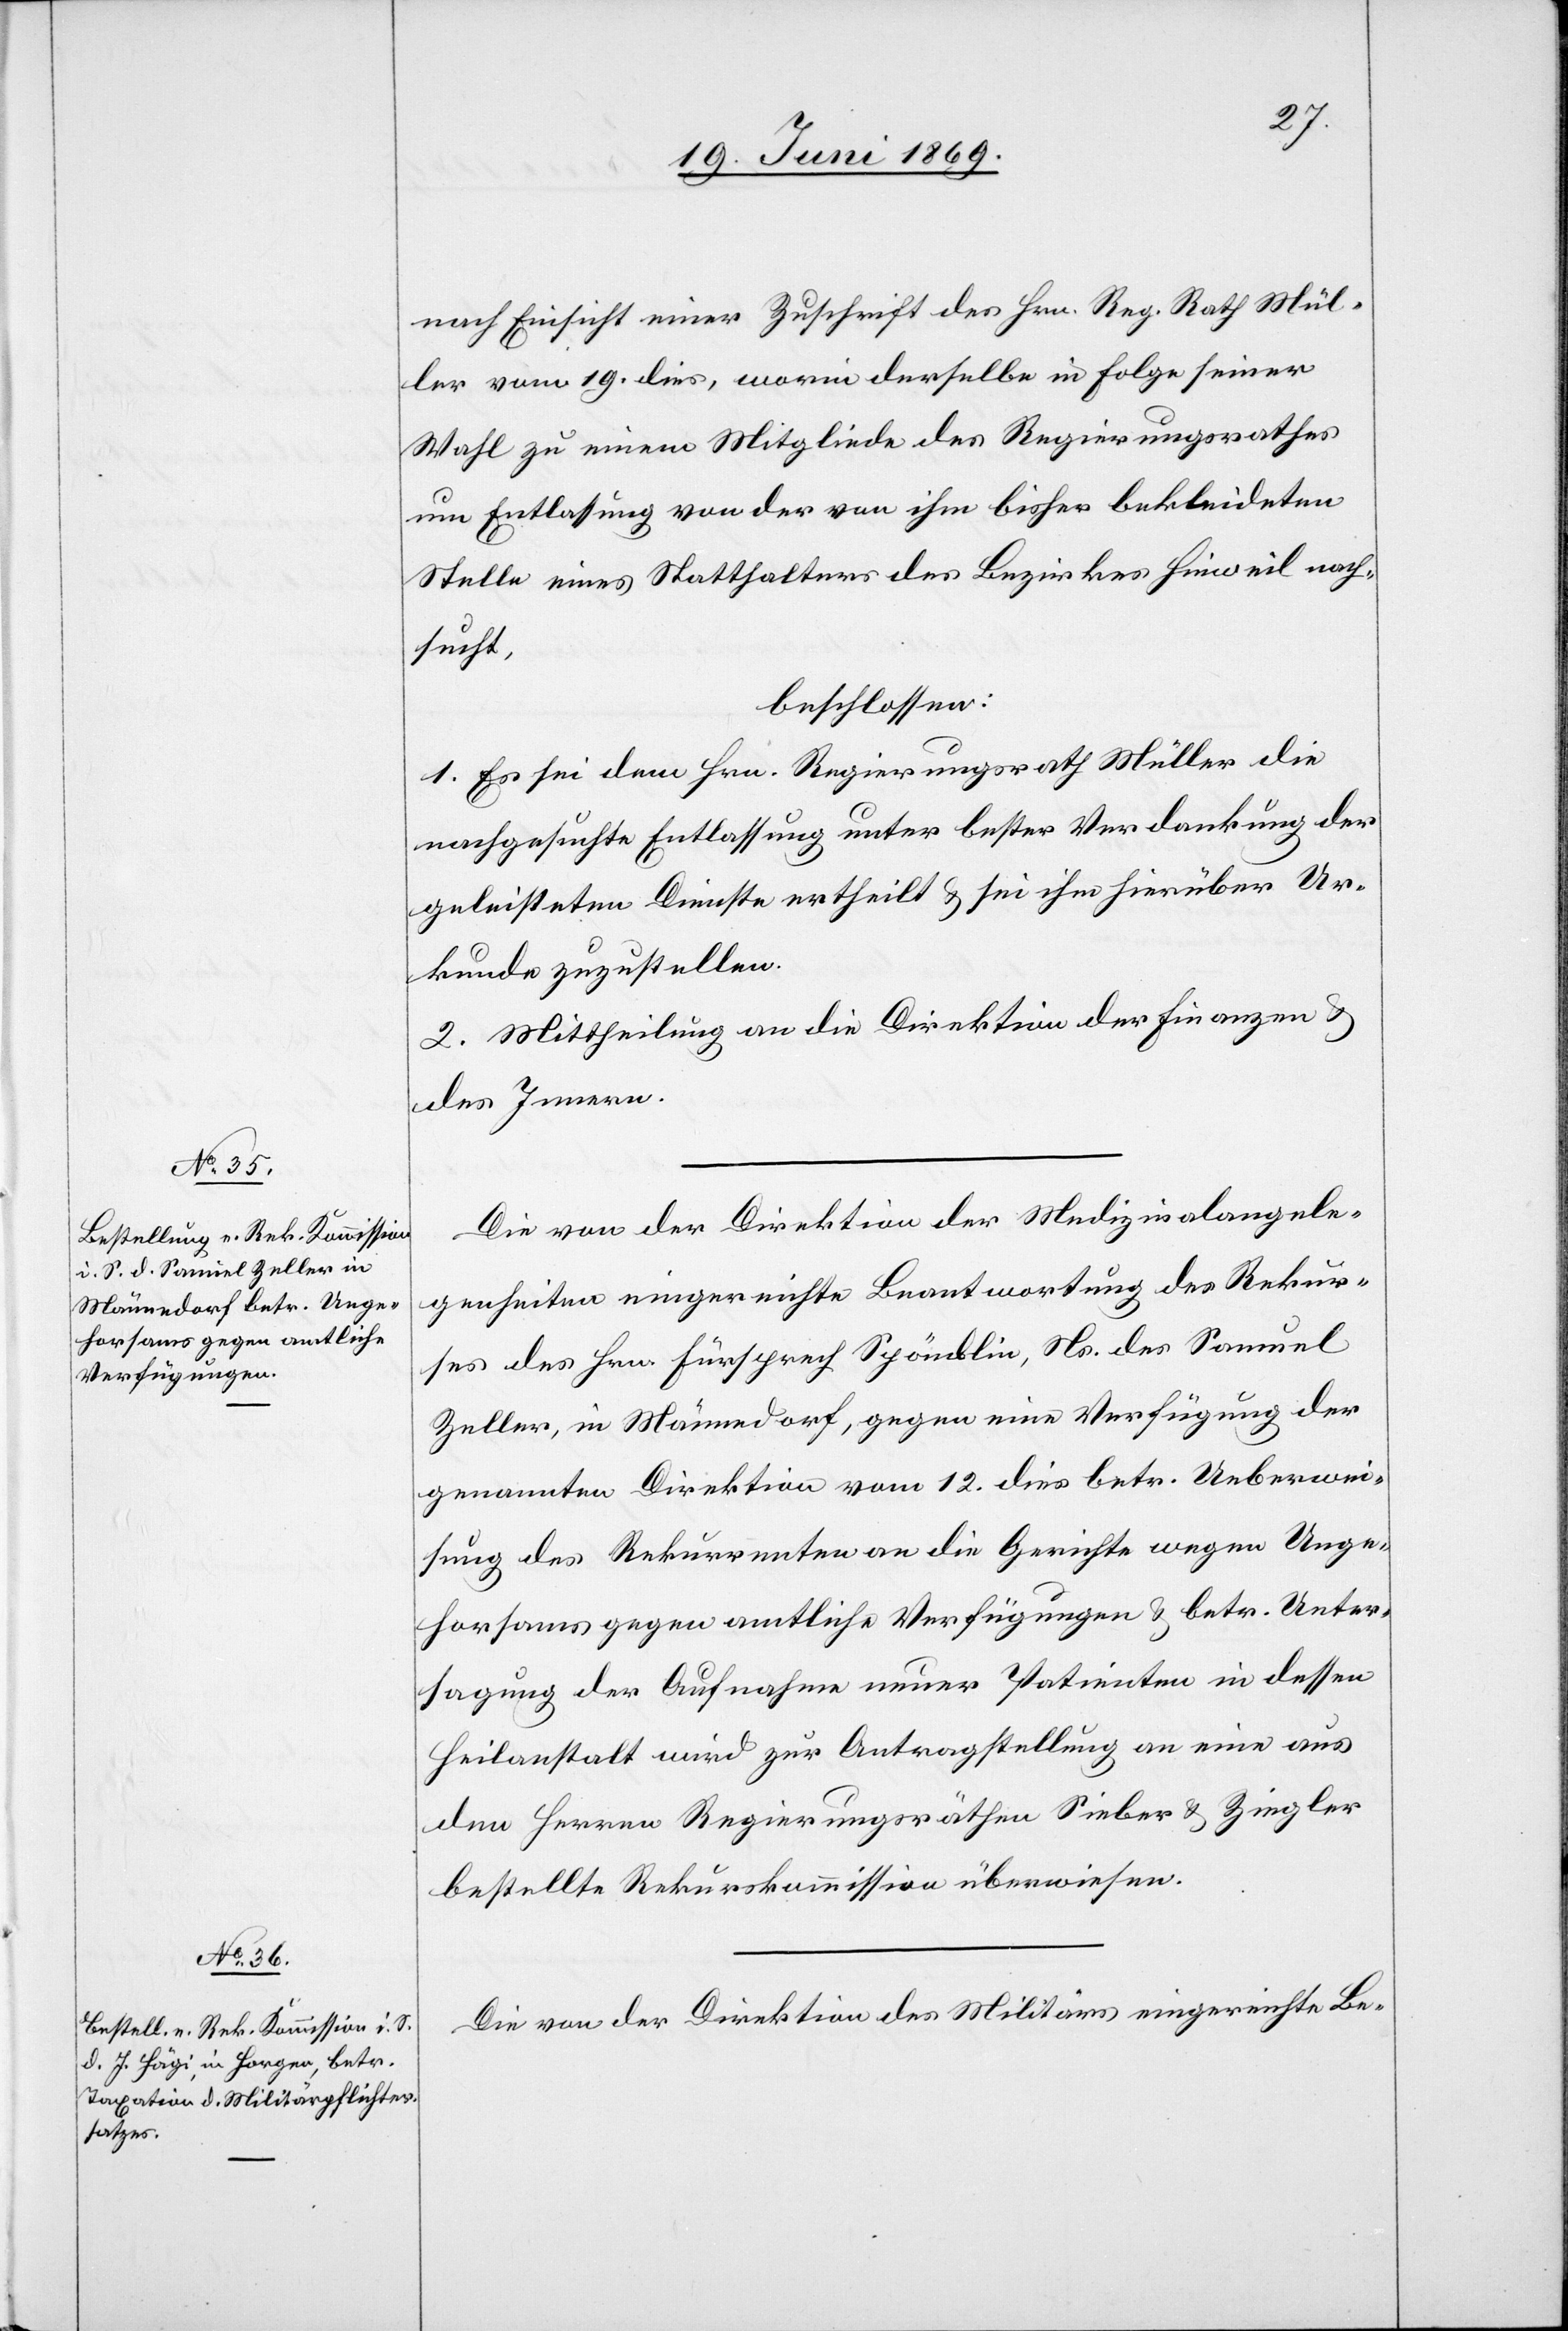
nach Einsicht einer Zuschrift des Hrn. Reg. Rath Mül¬
ler vom 19 dies, worin derselbe in Folge seiner
Wahl zu einem Mitgliede des Regierungsrathes
um Entlassung von den von ihm bisher bekleideten
Stelle eines Statthalteramtes des Bezirkes Hinweil nach¬
sucht,
beschlossen:
1. Es sei dem Hrn. Regierungsrath Müller die
nachgesuchte Entlassung unter bester Verdankung der
geleisteten Dienste ertheilt u. sei ihm hierüber Ur¬
kunde zuzustellen.
2. Mittheilung an die Direktion der Finanzen u.
des Innern.
Die von der Direktion der Medizinalangele¬
genheiten eingereichte Beantwortung des Rekur¬
ses des Hrn. Fürsprech Spöndlin, Ns. des Samuel
Zeller, in Männedorf, gegen eine Verfügung der
genannten Direktion vom 12 dies betr. Ueberwei¬
sung des Rekurrenten an die Gerichte wegen Unge¬
horsams gegen amtliche Verfügungen u. betr. Unter¬
sagung der Aufnahme neuer Patienten in dessen
Heilanstalt wird zur Antragstellung an eine aus
den Herren Regierungsräthen Sieber u. Ziegler
bestellte Rekurskommission überwiesen.
Die von der Direktion des Militärs eingereichte Be-